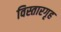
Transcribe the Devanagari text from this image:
विस्तारगृह